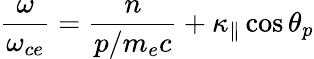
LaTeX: \frac{\omega}{\omega_{ce}}=\frac{n}{p/m_{e}c}+\kappa_{\| }\cos\theta_{p}